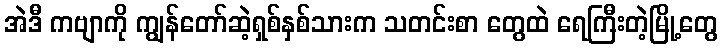
အဲဒီ ကဗျာကို ကျွန်တော်ဆဲ့ရှစ်နှစ်သားက သတင်းစာ တွေထဲ ရေကြီးတဲ့မြို့တွေ